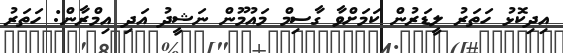
އިދިކޮޅު ހަތަރު ލީޑަރުން ކަމަށްވާ ގާސިމް މައުމޫން ނަޝީދު އަދި އިމްރާން: ހަތަރު